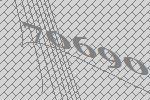
70690